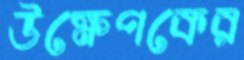
উক্ষেপকের